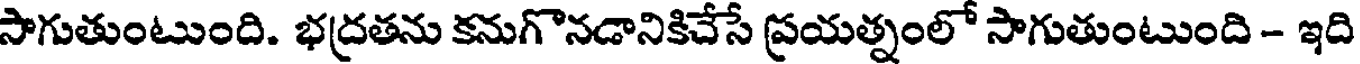
సాగుతుంటుంది. భద్రతను కనుగొనడానికిచేసే ప్రయత్నంలో సాగుతుంటుంది - ఇది